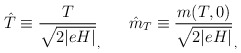
\begin{align*}\hat{T} \equiv \frac{T}{\sqrt{2\vert eH \vert}}_, ~~~~~ \hat{m}_{T} \equiv \frac{m(T,0)}{\sqrt{2\vert eH \vert}}_,\end{align*}